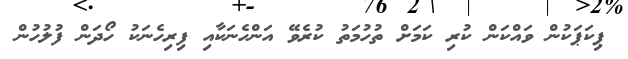
ޕިކަޕަކުން ވައްކަން ކުރި ކަމަށް ތުހުމަތު ކުރެވޭ އަންހެނަކާއި ފިރިހެނަކު ހޯދަން ފުލުހުން